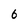
Character: 6